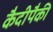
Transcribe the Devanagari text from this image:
कैदीपैकी